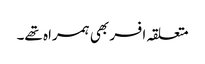
متعلقہ افسر بھی ہمراہ تھے۔